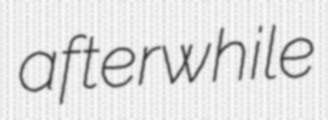
afterwhile